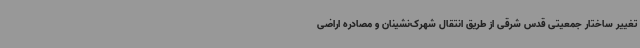
تغییر ساختار جمعیتی قدس شرقی از طریق انتقال شهرک‌نشینان و مصادره اراضی